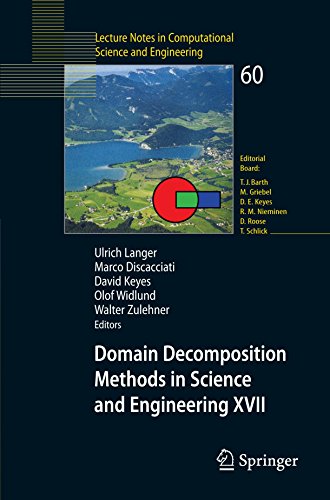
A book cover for Domain Decomposition Methods in Science and Engineering XVII (Lecture Notes in Computational Science and Engineering); Science & Math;